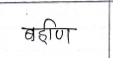
मजकूर: बहिण